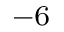
^ { - 6 }